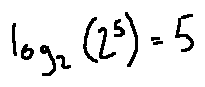
\log _ { 2 } ( 2 ^ { 5 } ) = 5